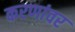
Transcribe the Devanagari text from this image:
करणांवर